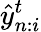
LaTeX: \hat{y}_{n:i}^{t}